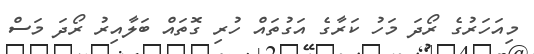
މިއަހަރުގެ ރޯދަ މަހު ކަރާގެ އަގުތައް ހުރި ގޮތައް ބަލާއިރު ރޯދަ މަސް